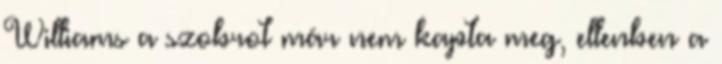
Williams a szobrot már nem kapta meg, ellenben a